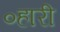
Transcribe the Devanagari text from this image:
०हारी